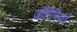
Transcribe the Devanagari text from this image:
जॉरिजियाई